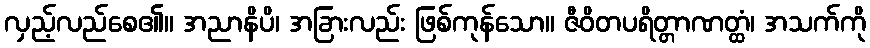
လှည့်လည်စေ၏။ အညာနိပိ၊ အခြားလည်း ဖြစ်ကုန်သော။ ဇီဝိတပရိတ္တာဏတ္ထံ၊ အသက်ကို